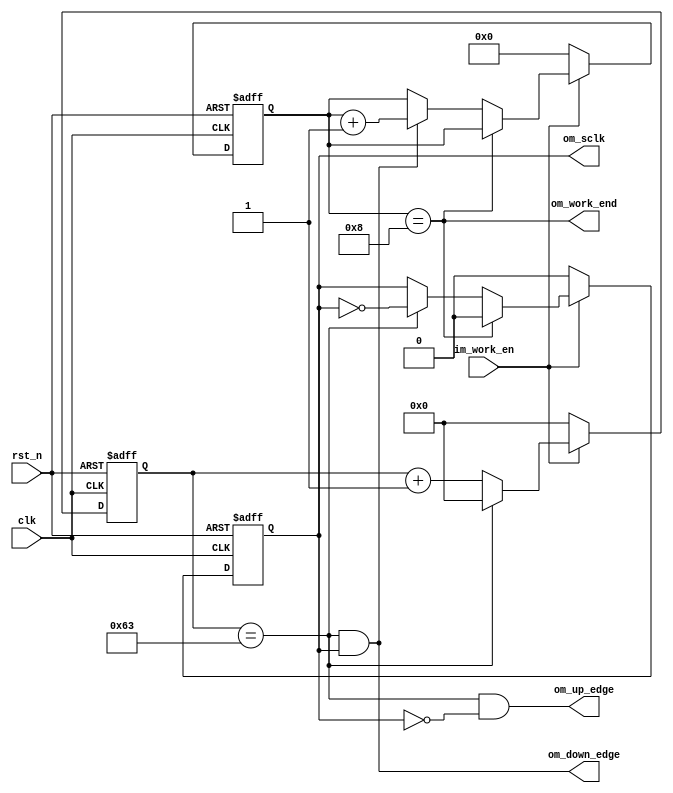
module L3_counter_clk#(
	parameter CPOL=1'b0,
	parameter CLK_TIMES=8,
	parameter CLK_TIMES_WIDTH=4,
	parameter HALF_CLK_PERIOD=100, //real time depends on system clk
	parameter HALF_CLK_PERIOD_WIDTH=7
)
(
	input clk,
	input rst_n,

	input im_work_en,
	output om_work_end,

	output reg om_sclk,
	output om_up_edge,
	output om_down_edge

);
	reg [HALF_CLK_PERIOD_WIDTH-1:0] cnt;
	reg [CLK_TIMES_WIDTH-1:0] bite_cnt;

always@(posedge clk or negedge rst_n)begin
	if(!rst_n)begin
		cnt<=1'b0;
	end
	else if(!im_work_en)begin
		cnt<=1'b0;
	end
	else if(cnt==HALF_CLK_PERIOD-1'b1)begin
		cnt<=1'b0;
	end
	else begin
		cnt<=cnt+1'b1;
	end
end
always@(posedge clk or negedge rst_n)begin
	if(!rst_n)begin
		om_sclk<=CPOL;
	end
	else if(!im_work_en)begin
		om_sclk<=CPOL;
	end
	else if(bite_cnt==CLK_TIMES)begin
		om_sclk<=CPOL;
	end
	else if(cnt==HALF_CLK_PERIOD-1'b1)begin
		om_sclk<=~om_sclk;
	end
end
assign om_up_edge = (cnt==HALF_CLK_PERIOD-1'b1) && (!om_sclk);
assign om_down_edge = (cnt==HALF_CLK_PERIOD-1'b1) && (om_sclk);

always@(posedge clk or negedge rst_n)begin
	if(!rst_n)begin
		bite_cnt<=1'b0;
	end
	else if(!im_work_en)begin
		bite_cnt<=1'b0;
	end
	else if(bite_cnt==CLK_TIMES)begin
		bite_cnt<=bite_cnt;
	end
	else if(cnt==HALF_CLK_PERIOD-1'b1 && om_sclk==!CPOL)begin
		bite_cnt<=bite_cnt+1'b1;
	end
end

assign om_work_end = (bite_cnt==CLK_TIMES);
endmodule